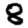
Digit: 8